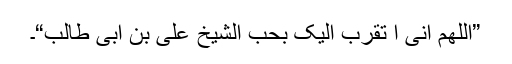
”اَلَّلھُمَّ اِنِّی اَ تَقَرَّبُ اِلَیْکَ بِحُبِّ الشَّیْخِ عَلِیِّ بْنِ اَبِیْ طٰالِب“۔